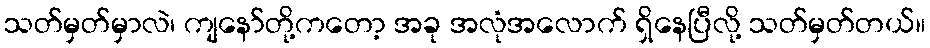
သတ်မှတ်မှာလဲ၊ ကျနော်တို့ကတော့ အခု အလုံအလောက် ရှိနေပြီလို့ သတ်မှတ်တယ်။